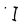
Character: I